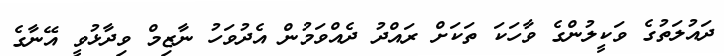
ދައުލަތުގެ ވަކީލުންގެ ވާހަކަ ތަކަށް ރައްދު ދެއްވަމުން އެދުވަހު ނާޒިމް ވިދާޅުވީ އޭނާގެ